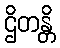
ဌိတန္တိ